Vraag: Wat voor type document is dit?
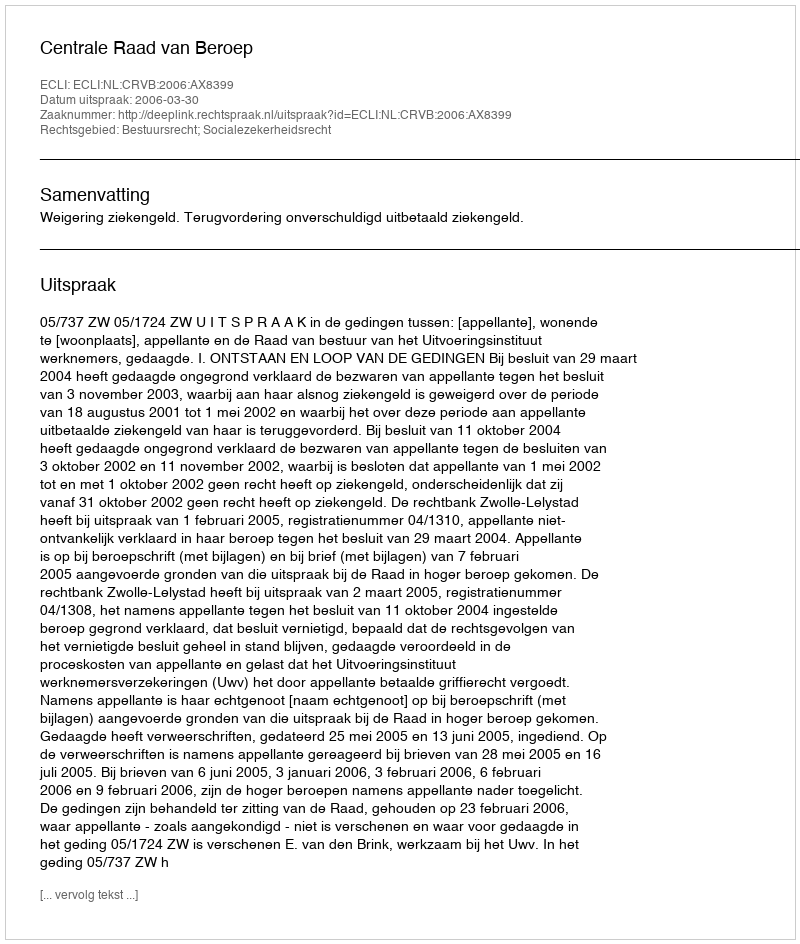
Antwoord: Uitspraak